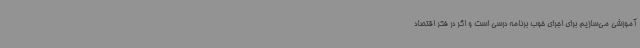
آموزشی می‌سازیم برای اجرای خوب برنامه درسی است و اگر در فکر اقتصاد